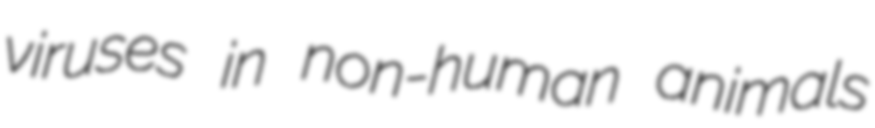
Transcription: viruses in non-human animals